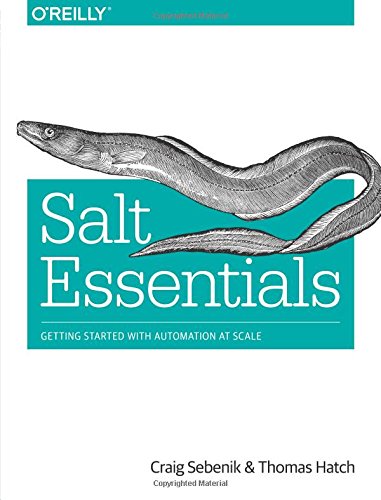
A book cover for Salt Essentials; Craig Sebenik; Computers & Technology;